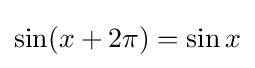
\sin(x+2\pi )=\sin x